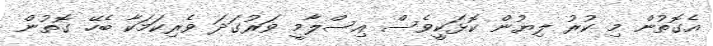
އެގޮތުން މި ކުރު ލިޔުން ކޮޅަކީވެސް އިސްލާމީ ވަރުގަދަ ވެރިކަމަކާ ބެހޭ ގޮތުން